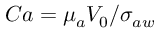
C a = { \mu } _ { a } V _ { 0 } / { \sigma } _ { a w }